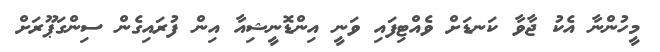
މީހުންނާ އެކު ޖާވާ ކަނޑަށް ވެއްޓިފައި ވަނީ އިންޑޮނީޝިއާ އިން ފުރައިގެން ސިންގަޕޫރަށް